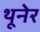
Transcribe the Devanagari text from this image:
थूनेर